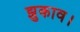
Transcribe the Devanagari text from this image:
झुकाव।